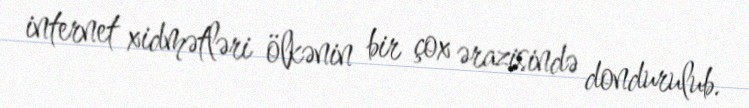
internet xidmətləri ölkənin bir çox ərazisində dondurulub.